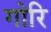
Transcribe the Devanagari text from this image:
गोरि